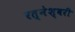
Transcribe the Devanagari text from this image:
रत्नेश्वरी